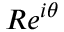
R e ^ { i \theta }